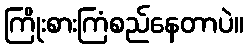
ကြိုးစားကြံစည်နေတာပဲ။